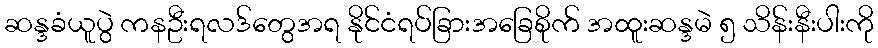
ဆန္ဒခံယူပွဲ ကနဦးရလဒ်တွေအရ နိုင်ငံရပ်ခြားအခြေစိုက် အထူးဆန္ဒမဲ ၅ သိန်းနီးပါးကို